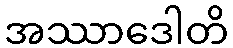
အဿာဒေါတိ